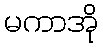
မကာအို